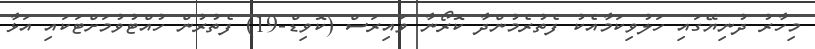
މިހާރު ދުނިޔޭގައި ހަލުވިކަމާއެކު ފެތުރެމުންދާ ކޮރޯނާ ވައިރަސް (ކޮވިޑް-19) ފެތުރުން ހުއްޓުވުމަށްޓަކައި އަޅާ